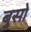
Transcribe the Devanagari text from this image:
बुसो